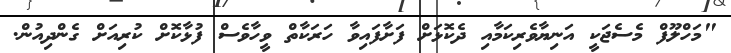
"މަހްލޫފް މެސެޖަކީ އަނިޔާވެރިކަމާއި ދެކޮޅަށް ފަށާފައިވާ ހަރަކާތް ވީހާވެސް ފުޅާކޮށް ކުރިއަށް ގެންދިއުން.